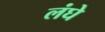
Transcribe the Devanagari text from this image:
लंघे